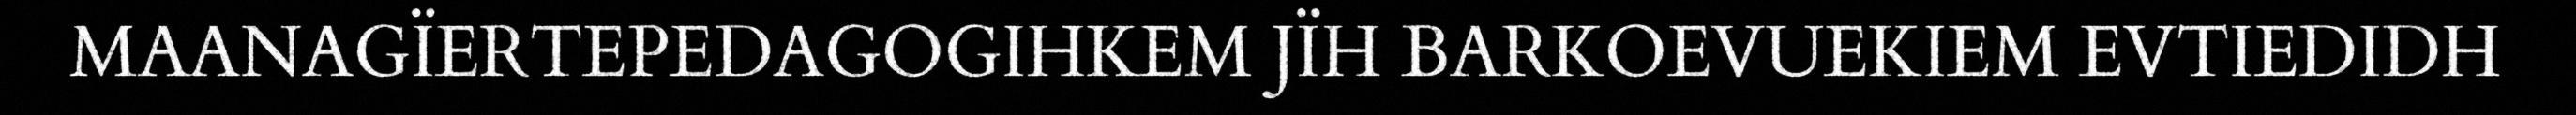
MAANAGÏERTEPEDAGOGIHKEM JÏH BARKOEVUEKIEM EVTIEDIDH